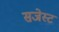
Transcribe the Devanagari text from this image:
सजेस्ट